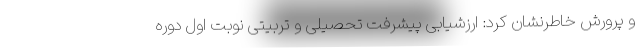
و پرورش خاطرنشان کرد: ارزشیابی پیشرفت تحصیلی و تربیتی نوبت اول دوره